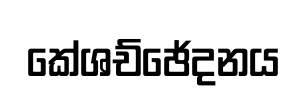
කේශච්ඡේදනය